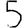
Digit: 5